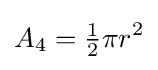
A_{4}={\tfrac {1}{2}}\pi r^{2}